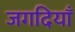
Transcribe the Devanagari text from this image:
जगदियाँ